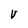
Character: V